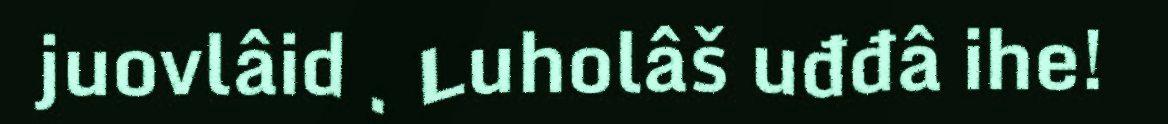
juovlâid . Luholâš uđđâ ihe!